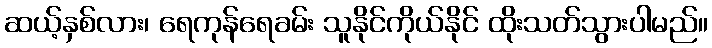
ဆယ့်နှစ်လား၊ ရေကုန်ရေခမ်း သူနိုင်ကိုယ်နိုင် ထိုးသတ်သွားပါမည်။